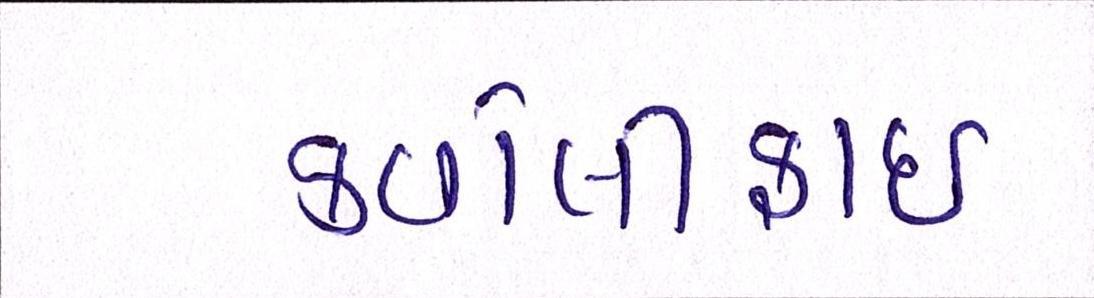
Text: કવોલીફાઈ